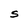
Character: S